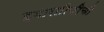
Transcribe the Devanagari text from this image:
इमारतीचीची